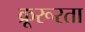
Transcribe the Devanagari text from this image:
क्रूरूरता